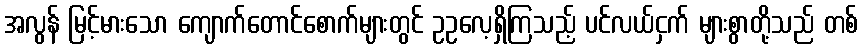
အလွန် မြင့်မားသော ကျောက်တောင်စောက်များတွင် ဥဥလေ့ရှိကြသည့် ပင်လယ်ငှက် များစွာတို့သည် တစ်